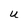
Character: U